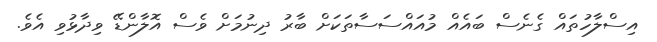
އިސްލާހުތައް ގެނެސް ބައެއް މުއައްސަސާތަކަށް ބާރު ދިނުމަށް ވެސް އޮލާންޑޭ ވިދާޅުވި އެވެެ.